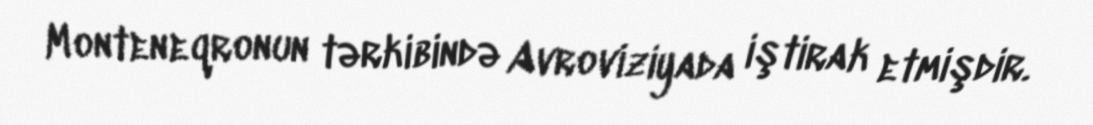
Monteneqronun tərkibində Avroviziyada iştirak etmişdir.